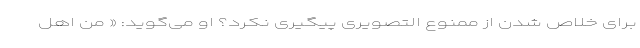
برای خلاص شدن از ممنوع التصویری‌ پیگیری نکرد؟ او می‌گوید: « من اهل